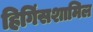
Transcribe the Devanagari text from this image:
हिगिंसशामिल